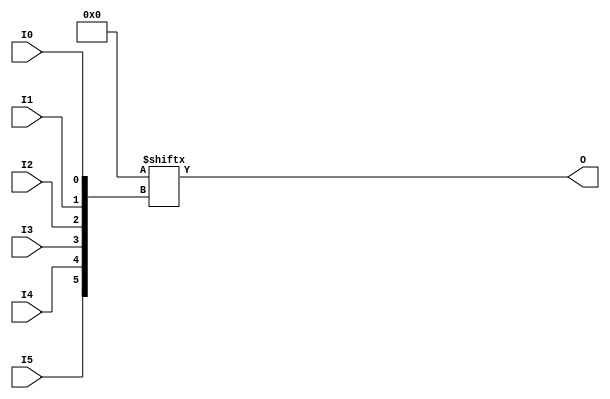


`timescale 1ns / 1ps
`default_nettype none


module LUT6
		#(
			parameter	[63:0]	INIT = {64{1'b0}}
		)
		(
			output	O,
			input	I0,
			input	I1,
			input	I2,
			input	I3,
			input	I4,
			input	I5
		);
	
	wire	[63:0]	lut_table = INIT;
	wire	[5:0]	index = {I5, I4, I3, I2, I1, I0};
	
	assign O = lut_table[index];
	
endmodule



`default_nettype wire